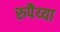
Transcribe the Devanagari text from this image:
रुपैय्या